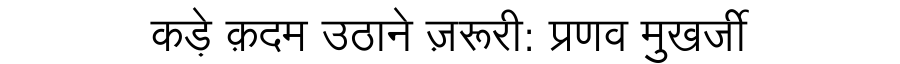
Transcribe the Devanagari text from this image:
कड़े क़दम उठाने ज़रूरी: प्रणव मुखर्जी